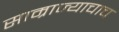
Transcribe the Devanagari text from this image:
साम्राज्याचाच